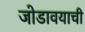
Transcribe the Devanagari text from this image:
जोडावयाची